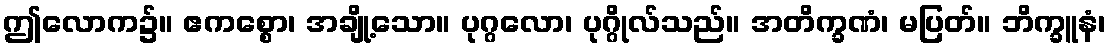
ဤလောက၌။ ဧကစ္စော၊ အချို့သော။ ပုဂ္ဂလော၊ ပုဂ္ဂိုလ်သည်။ အတိက္ခဏံ၊ မပြတ်။ ဘိက္ခူနံ၊